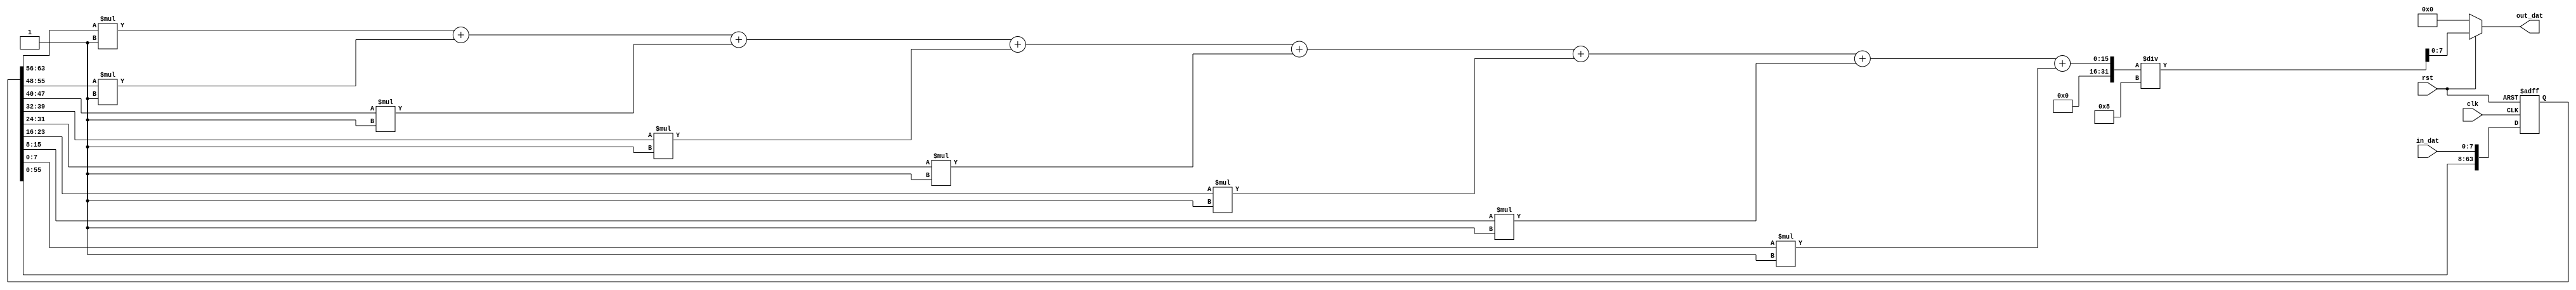




module lpf(
	input clk,
	input rst,
	
	input [7:0] in_dat,
	
	output reg [7:0] out_dat
	
);

reg [63:0] buf_dat;
parameter factor0=1,
		  factor1=1,
		  factor2=1,
		  factor3=1,
		  factor4=1,
		  factor5=1,
		  factor6=1,
		  factor7=1;
parameter aveg=factor0+factor1+factor2+factor3+factor4+factor5+factor6+factor7;

always@(*)begin

	if(!rst)begin
		out_dat<=0;
	end
	else begin
		out_dat<=(
				 buf_dat[63:56]*factor0
				+buf_dat[55:48]*factor1
				+buf_dat[47:40]*factor2
				+buf_dat[39:32]*factor3
				+buf_dat[31:24]*factor4
				+buf_dat[23:16]*factor5
				+buf_dat[15:8 ]*factor6
				+buf_dat[7 :0 ]*factor7
				)/aveg;
	end
	
end

always@(posedge clk or negedge rst)begin

	if(!rst)begin
		buf_dat<=0;
	end
	else begin
		buf_dat<={  buf_dat[55:0],in_dat  };
	end
	
end


endmodule